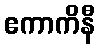
ဧကာကိနီ